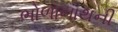
ભોળાનાથની